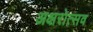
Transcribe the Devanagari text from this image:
अक्षरोत्सव